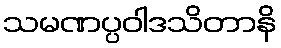
သမဏပ္ပဝါဒသိတာနိ